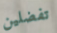
تفضلين